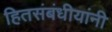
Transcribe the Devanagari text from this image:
हितसंबंधीयांनी